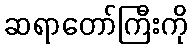
ဆရာတော်ကြီးကို